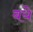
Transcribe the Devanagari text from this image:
बये